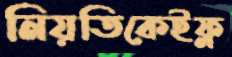
নিয়তিকেইফ্ল